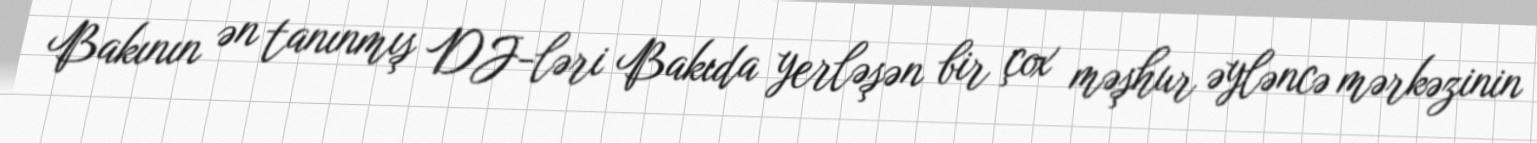
Bakının ən tanınmış DJ-ləri Bakıda yerləşən bir çox məşhur əyləncə mərkəzinin